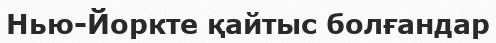
Нью-Йоркте қайтыс болғандар